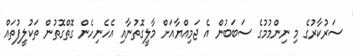
ސަރުކާރުގެ މި ނިންމުމުގެ ސަބަބުން އެ ޖަމިއްޔާއަށް މާލީގޮތުނާއި އެހެނިހެން ގޮތްގޮތުން ތަކުލީފުތައް